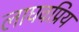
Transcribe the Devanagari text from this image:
लाघवप्रिय